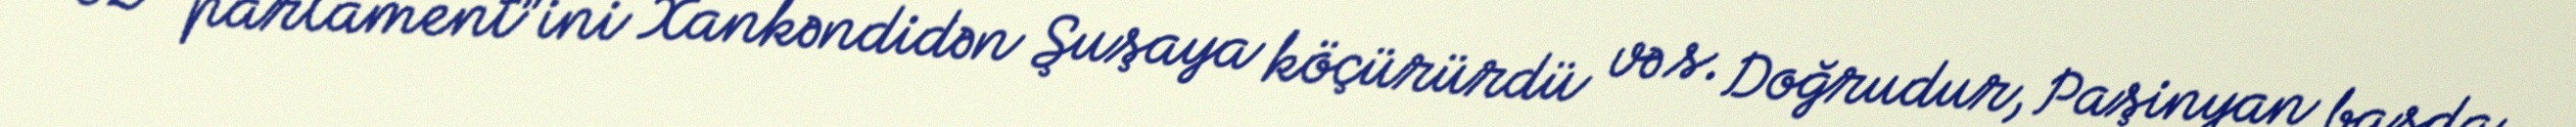
öz “parlament”ini Xankəndidən Şuşaya köçürürdü və s. Doğrudur, Paşinyan başda